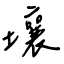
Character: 壤